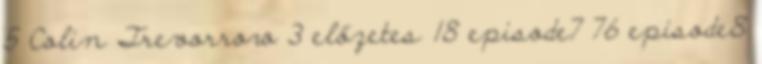
5 Colin Trevorrow 3 előzetes 18 episode7 76 episode8